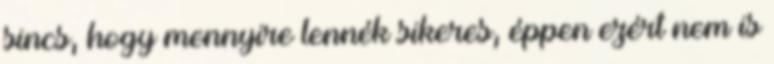
sincs, hogy mennyire lennék sikeres, éppen ezért nem is